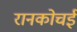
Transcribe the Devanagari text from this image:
रानकोचई